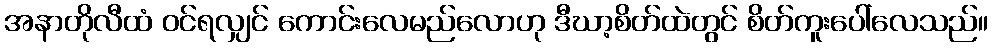
အနာတိုလီထံ ဝင်ရလျှင် ကောင်းလေမည်လောဟု ဒီဃာ့စိတ်ထဲတွင် စိတ်ကူးပေါ်လေသည်။